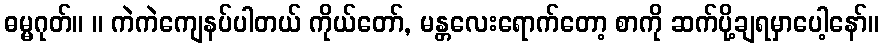
ဓမ္မဂုတ်။ ။ ကဲကဲကျေနပ်ပါတယ် ကိုယ်တော်, မန္တလေးရောက်တော့ စာကို ဆက်ပို့ချရမှာပေါ့နော်။